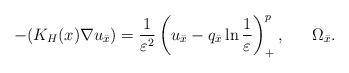
LaTeX: \begin{align*}-(K_H(x)\nabla u_{\bar{x}})=\frac{1}{\varepsilon^2} \left( u_{\bar{x}}-q_{\bar{x}}\ln\frac{1}{\varepsilon}\right) ^{p}_+,\ \ \ \ \ \Omega_{\bar{x}}.\end{align*}